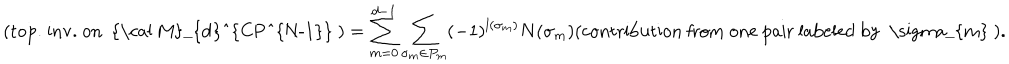
LaTeX: ( \mathrm { t o p . ~ i n v . ~ o n ~ { \cal ~ M } _ { d } ^ { C P ^ { N - 1 } } ~ } ) = \sum _ { m = 0 } ^ { d - 1 } \sum _ { \sigma _ { m } \in P _ { m } } ( - 1 ) ^ { l ( \sigma _ { m } ) } N ( \sigma _ { m } ) ( \mathrm { c o n t r i b u t i o n ~ f r o m ~ o n e ~ p a i r ~ l a b e l e d ~ b y ~ \ s i g m a _ { m } ~ } ) .